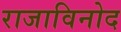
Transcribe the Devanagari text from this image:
राजाविनोद